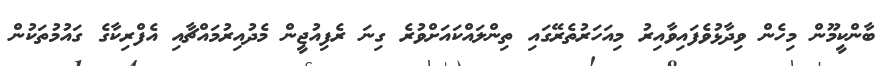
ބާންކީމޫން މިހެން ވިދާޅުވެފައިވާއިރު މިއަހަރުތެރޭގައި ތިންލައްކައަށްވުރެ ގިނަ ރެފިއުޖީން މެދުއިރުމައްޗާއި އެފްރިކާގެ ގައުމުތަކުން